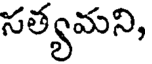
సత్యమని,